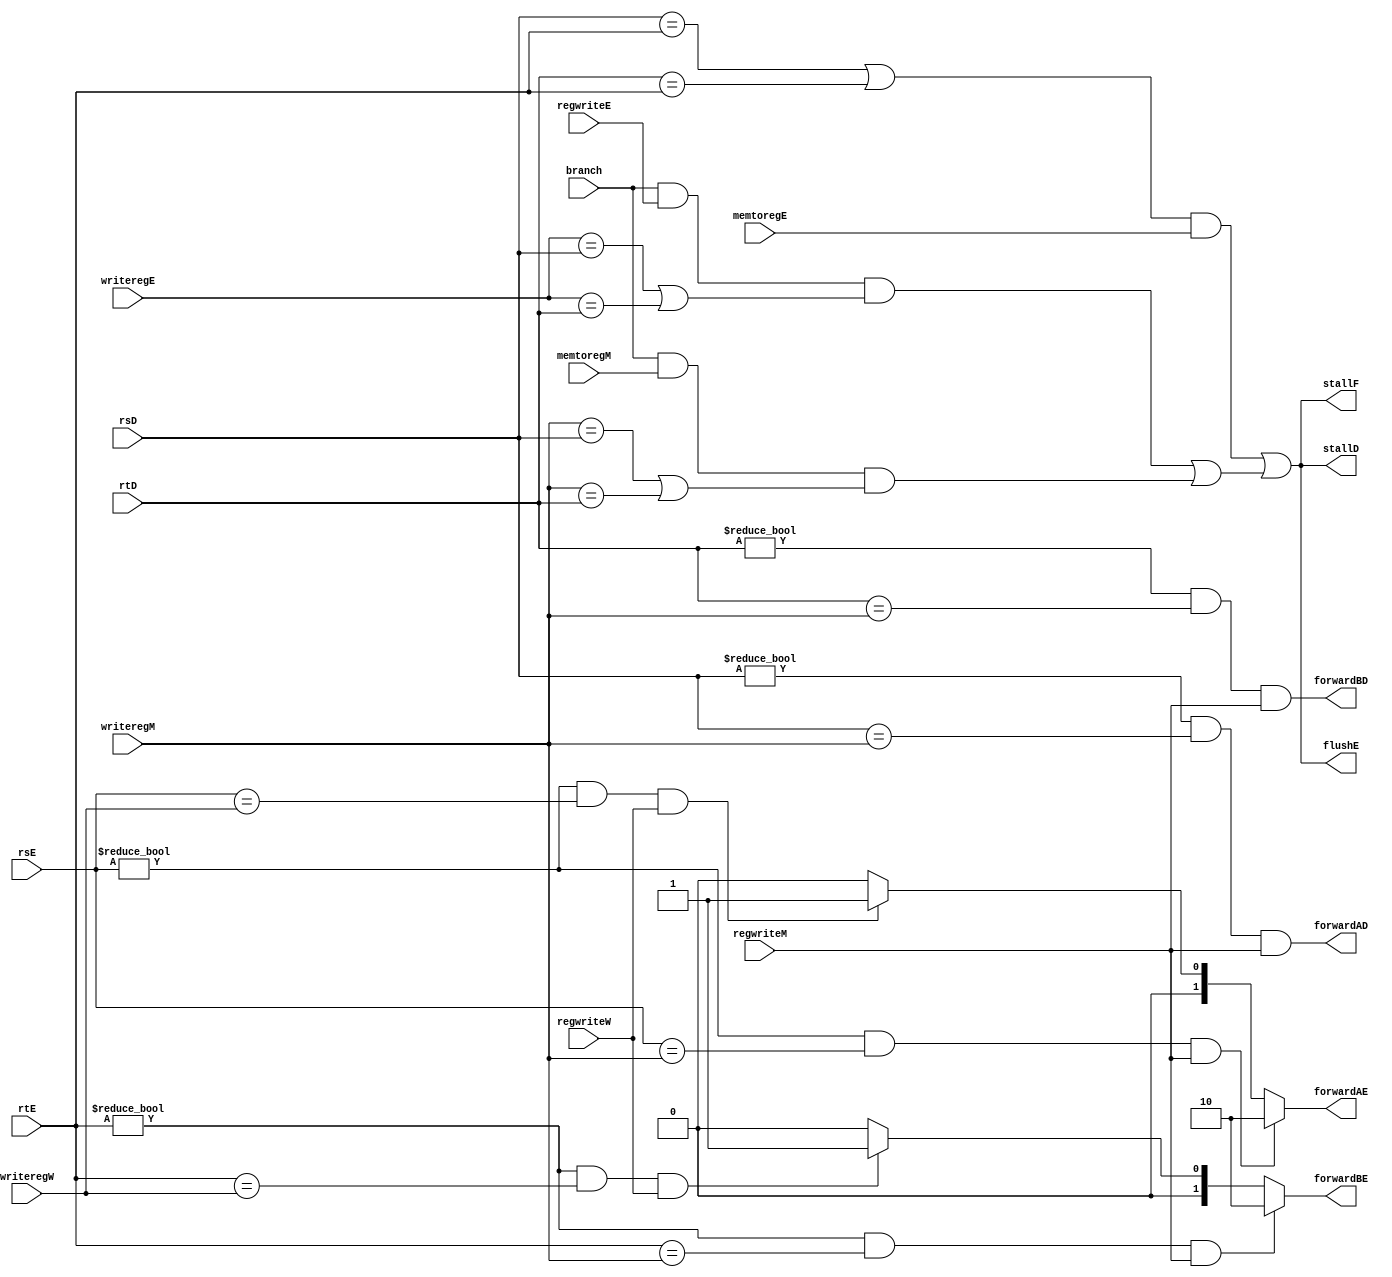
module M_HAZARD_UNIT (
    input branch,
    input memtoregE, memtoregM,
    input[4:0] rsD, rtD,
    input regwriteE, regwriteM, regwriteW,
    input[4:0] rsE, rtE,
    input[4:0] writeregE, writeregM, writeregW,
    output reg [1:0] forwardAE, forwardBE,
    output reg stallF, stallD, flushE,
    output reg forwardAD, forwardBD);

    reg lwstall;
    reg branchstall;

    always @(*) begin
        
        //$display("rsE=%h, rtE=%h, writeregM=%h, regwriteM=%h, writeregW=%h, regwriteW=%h", rsE, rtE, writeregM, regwriteM, writeregW, regwriteW);
        
        // forwarding logic
        if((rsE != 5'b00000) && (rsE == writeregM) && regwriteM) 
            forwardAE = 2'b10;
        else if ((rsE != 5'b00000) && (rsE == writeregW) && regwriteW)
            forwardAE = 2'b01;
        else 
            forwardAE = 2'b00;

        if((rtE != 5'b00000) && (rtE == writeregM) && regwriteM) 
            forwardBE = 2'b10;
        else if ((rtE != 5'b00000) && (rtE == writeregW) && regwriteW)
            forwardBE = 2'b01;
        else 
            forwardBE = 2'b00;

        // memory delay stall
        lwstall = ((rsD == rtE) || (rtD == rtE)) && memtoregE;

        forwardAD = ((rsD != 0) && (rsD == writeregM) && regwriteM);
        forwardBD = ((rtD != 0) && (rtD == writeregM) && regwriteM);

        // branch delay stall
        branchstall = (branch && regwriteE && ((writeregE == rsD) || (writeregE == rtD))) || (branch && memtoregM && ((writeregM == rsD) || (writeregM == rtD)));

        stallF = lwstall || branchstall;
        stallD = lwstall || branchstall;
        flushE = lwstall || branchstall;
    end

    always@(lwstall) begin
        case(lwstall)
            1'b1: $display("lwstall=%b", lwstall);
        endcase
    end

    always@(branchstall) begin
        case(branchstall)
            1'b1: $display("branchstall=%b", branchstall);
        endcase
    end
endmodule